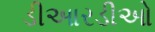
ડીઆરડીઓ